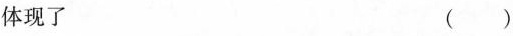
体现了（）